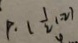
P \cdot 1 \frac { 1 } { 2 } ( - 2 )